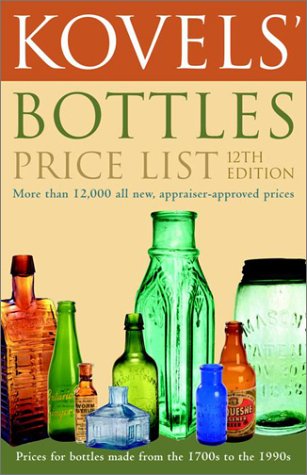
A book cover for Kovels' Bottles Price List: 12th Edition; Ralph Kovel; Crafts, Hobbies & Home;